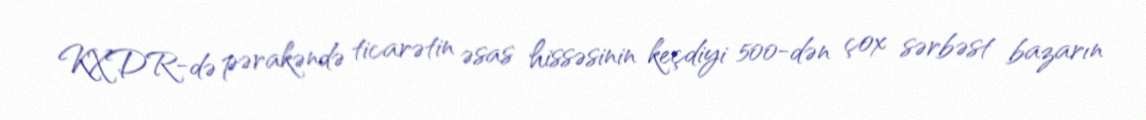
KXDR-də pərakəndə ticarətin əsas hissəsinin keçdiyi 500-dən çox sərbəst bazarın